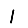
Digit: 1